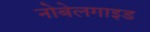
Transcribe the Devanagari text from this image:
नोबेलगाइड